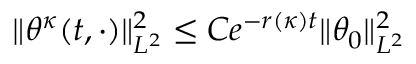
\| \theta ^ { \kappa } ( t , \cdot ) \| _ { L ^ { 2 } } ^ { 2 } \leq C e ^ { - r ( \kappa ) t } \| \theta _ { 0 } \| _ { L ^ { 2 } } ^ { 2 }